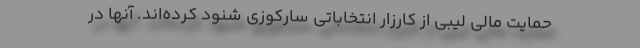
حمایت مالی لیبی از کارزار انتخاباتی سارکوزی شنود کرده‌اند. آنها در